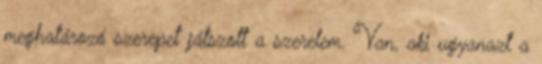
meghatározó szerepet játszott a szerelem. Van, aki ugyanazt a